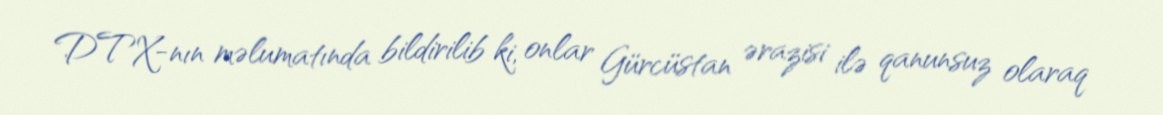
DTX-nın məlumatında bildirilib ki, onlar Gürcüstan ərazisi ilə qanunsuz olaraq